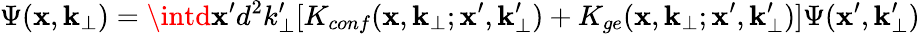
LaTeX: \Psi(\mathbf{x},{\mathbf{k}_{\bot}})=\intd\mathbf{x}^{\prime}d^{2}k_{\bot}^{\prime}[K_{conf}(\mathbf{x},{\mathbf{k}_{\bot}};\mathbf{x}^{\prime},{\mathbf{k}_{\bot}^{\prime}})+K_{ge}(\mathbf{x},{\mathbf{k}_{\bot}};\mathbf{x}^{\prime},{\mathbf{k}_{\bot}^{\prime}})]\Psi(\mathbf{x}^{\prime},{\mathbf{k}_{\bot}^{\prime}})